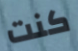
كنت